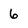
Character: 6